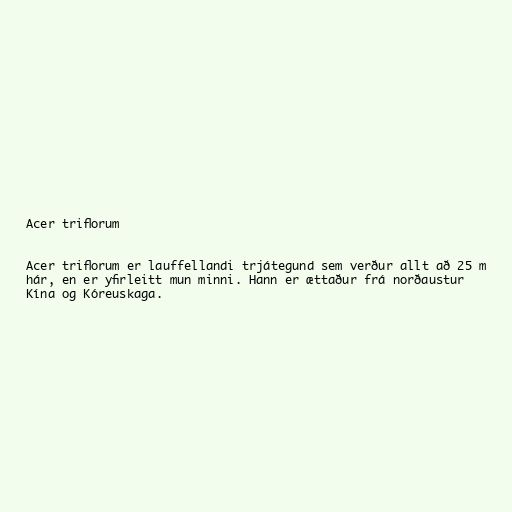
Acer triflorum

Acer triflorum er lauffellandi trjátegund sem verður allt að 25 m
hár, en er yfirleitt mun minni. Hann er ættaður frá norðaustur
Kína og Kóreuskaga.